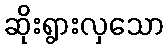
ဆိုးရွားလှသော